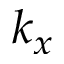
k _ { x }